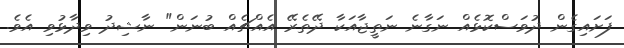
ފަށައިގެން ދުވަސްކޮޅެއް ނަގާނެ ނަތީޖާއަކާ ދޭތެރޭ އެއްޗެއް ބުނަން" ނާޝިދު ވިދާޅުވި އެވެ.